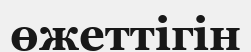
өжеттігін